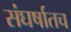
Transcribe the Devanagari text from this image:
संघर्षातच